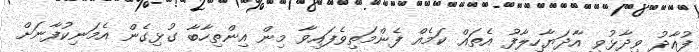
ފުއާދު ވިދާޅުވީ އާދަޔާހިލާފު އެތައް ކަމެއް ފެންމަތިވެފައިވާ މިން އިންތިހާބާ ގުޅިގެން އެމަނިކުފާނަށް